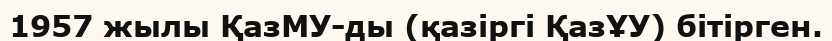
1957 жылы ҚазМУ-ды (қазіргі ҚазҰУ) бітірген.